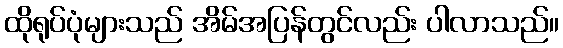
ထိုရုပ်ပုံများသည် အိမ်အပြန်တွင်လည်း ပါလာသည်။